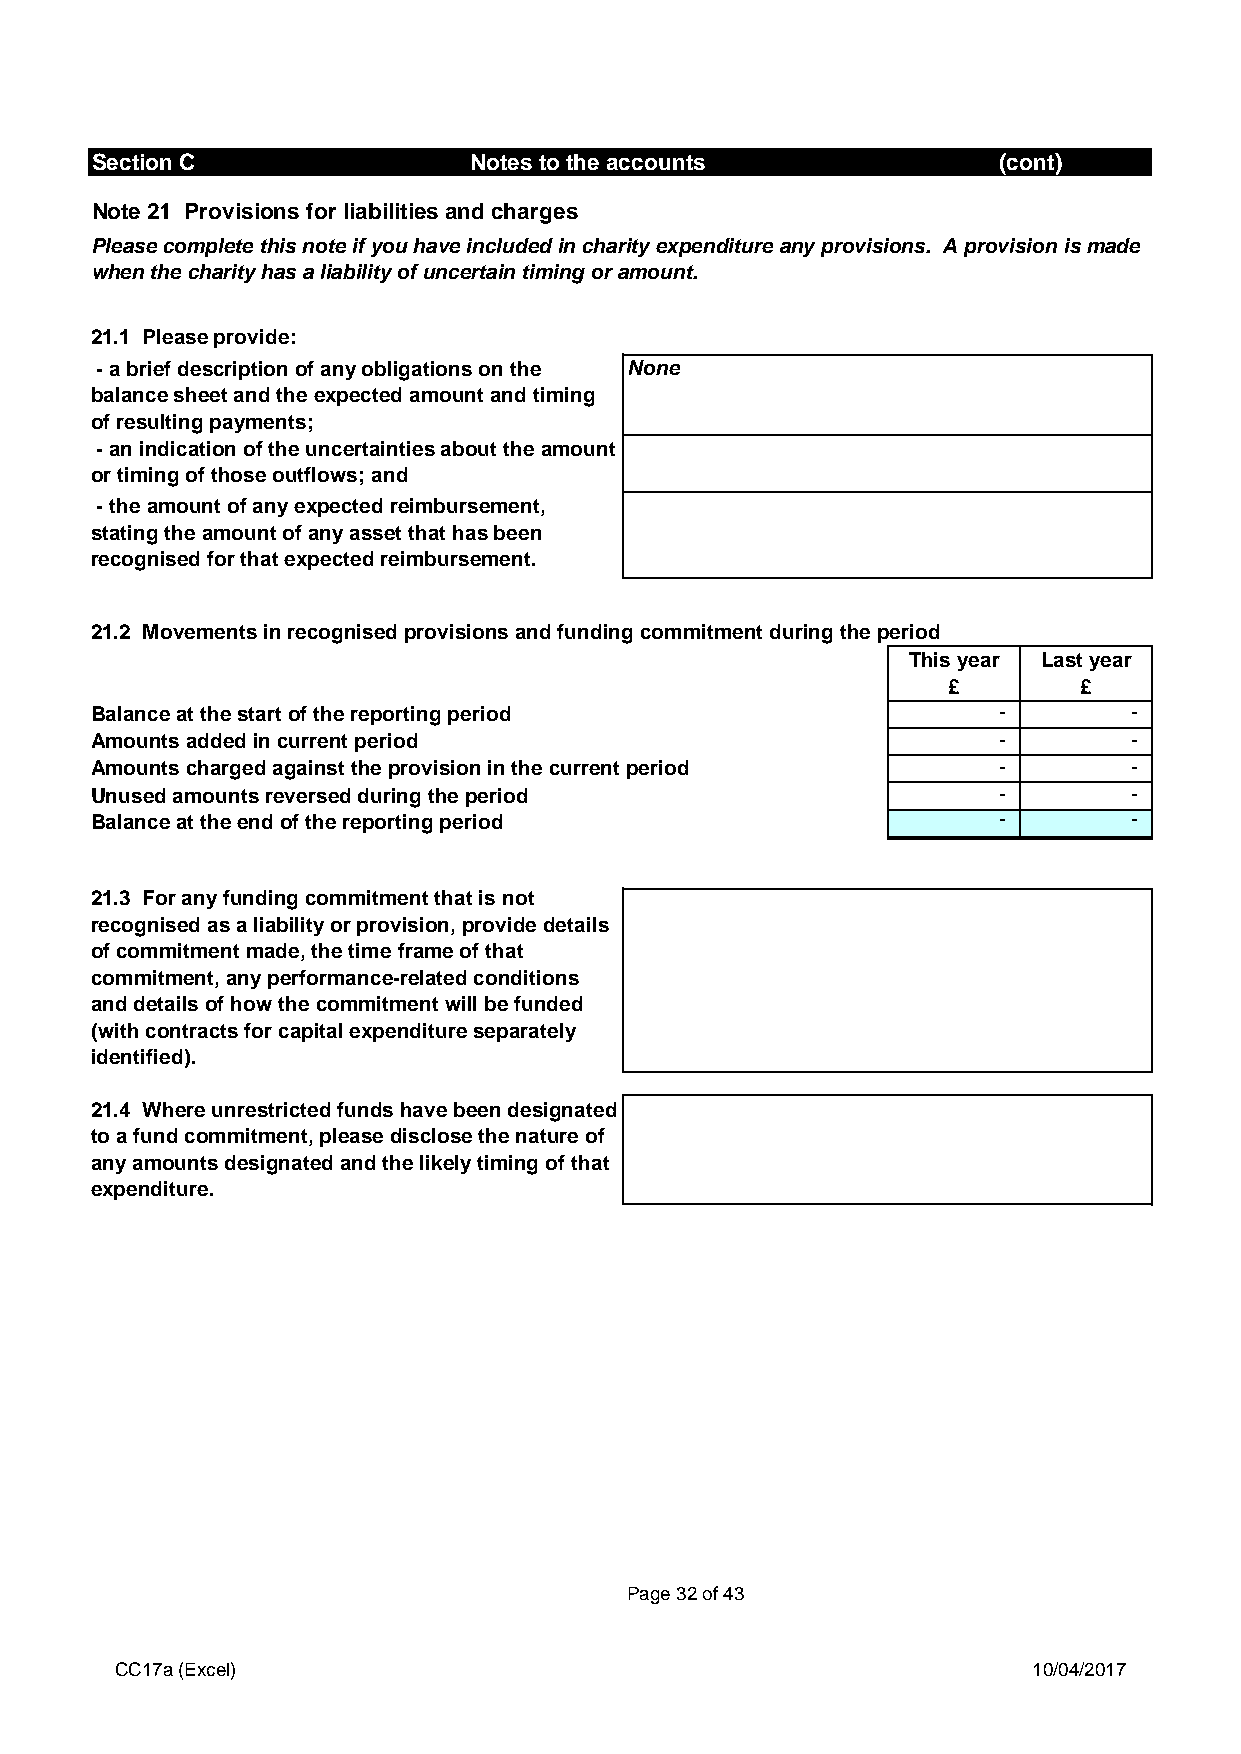
Section C                Notes to the accounts              (cont)
 Note 21 Provisions for liabilities and charges
 Please complete this note if you have included in charity expenditure any provisions. A provision is made
 when the charity has a liability of uncertain timing or amount.
 21.1 Please provide:
 - a brief description of any obligations on the None
 balance sheet and the expected amount and timing
 of resulting payments;
 - an indication of the uncertainties about the amount
 or timing of those outflows; and
 - the amount of any expected reimbursement,
 stating the amount of any asset that has been
 recognised for that expected reimbursement.
 21.2 Movements in recognised provisions and funding commitment during the period
 This year Last year
 £       £
 Balance at the start of the reporting period                -        -
 Amounts added in current period                             -        -
 Amounts charged against the provision in the current period -        -
 Unused amounts reversed during the period                   -        -
 Balance at the end of the reporting period                  -        -
 21.3 For any funding commitment that is not
 recognised as a liability or provision, provide details
 of commitment made, the time frame of that
 commitment, any performance-related conditions
 and details of how the commitment will be funded
 (with contracts for capital expenditure separately
 identified).
 21.4 Where unrestricted funds have been designated
 to a fund commitment, please disclose the nature of
 any amounts designated and the likely timing of that
 expenditure.
 Page 32 of 43
 CC17a (Excel)                                               10/04/2017